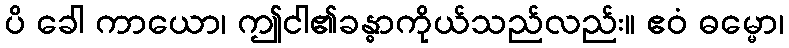
ပိ ခေါ ကာယော၊ ဤငါ၏ခန္ဓာကိုယ်သည်လည်း။ ဧဝံ ဓမ္မော၊